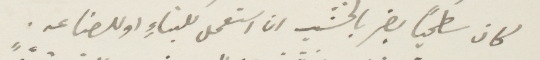
كان سطحيا بضر بالخشب ان استعمل للبناء او للصناعة